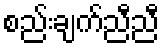
စည်းချက်ညီညီ